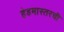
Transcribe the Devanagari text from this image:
हेडमास्तरची